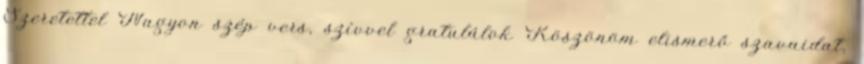
Szeretettel Nagyon szép vers, szívvel gratulálok Köszönöm elismerő szavaidat,